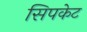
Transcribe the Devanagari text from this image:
सिपकेट